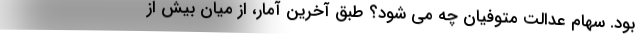
بود. سهام عدالت متوفیان چه می شود؟ طبق آخرین آمار، از میان بیش از